Annual report on the health of the army in India
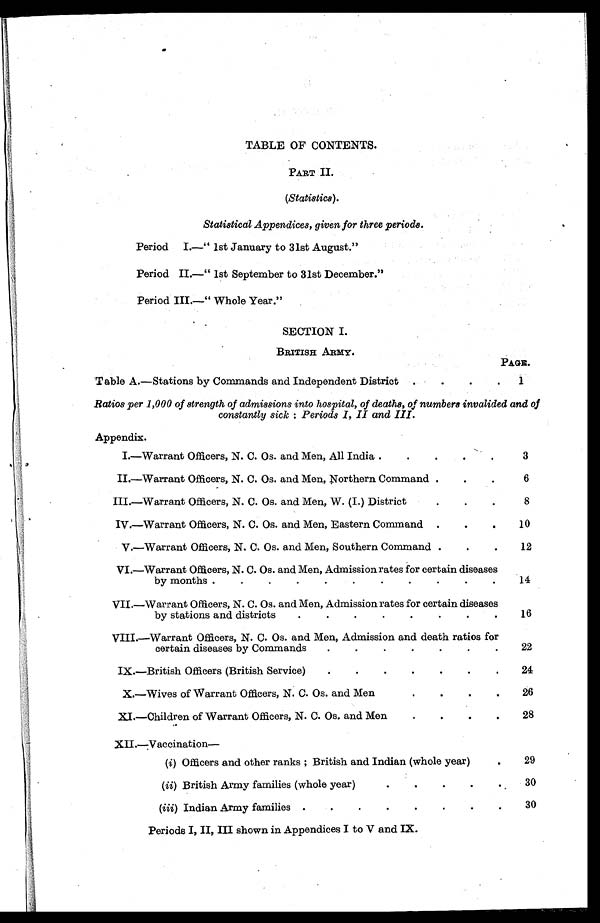
TABLE OF CONTENTS.
PART II.
(Statistics).
Statistical Appendices, given for three periods.
Period I.—" 1st January to 31st August."
Period II.—" 1st September to 31st December."
Period III.—" Whole Year."
SECTION I.
BRITISH ARMY.
Table A.—Stations by Commands and Independent District
.
.
.
PAGE.
1
Ratios per 1,000 of strength of admissions into hospital, of deaths, of numbers invalided and of
constantly sick : Periods I, II and III.
Appendix.
I.—Warrant Officers, N. C. Os. and Men, All India . . . . .
3
II.—Warrant Officers, N. C. Os. and Men, Northern Command .
.
.
6
III.—Warrant Officers, N. C. Os. and Men, W. (I.) District.
. .
8
IV.—Warrant Officers, N. C. Os. and Men, Eastern Command .
.
.
10
V.—Warrant Officers, N. C. Os. and Men, Southern Command .
.
.
12
VI.—Warrant Officers, N. C. Os. and Men, Admission rates for certain diseases
by months .
.
.
.
.
.
.
.
.
.
.
14
VII.—Warrant Officers, N. C. Os. and Men, Admission rates for certain diseases
by stations and districts
.
.
.
.
.
.
.
.
16
VIII.—Warrant Officers, N. C. Os. and Men, Admission and death ratios for
certain diseases by Commands
.
.
.
.
.
.
.
22
IX.—British Officers (British Service)
.
.
.
.
.
.
.
24
X.—Wives of Warrant Officers, N. C. Os. and Men
.
.
.
.
26
XI.—Children of Warrant Officers, N. C. Os. and Men
.
.
.
.
28
XII.—Vaccination
—
(i ) Officers and other ranks ; British and Indian (whole year)
.
29
(ii) British Army families (whole year).
.
.
.
.
30
(iii) Indian Army families ..
. . . . .
30
Periods I, II, III shown in Appendices I to V and IX.